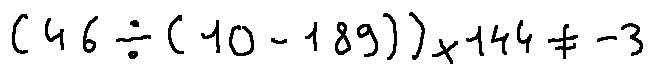
( 4 6 \div ( 1 0 - 1 8 9 ) ) \times 1 4 4 \neq - 3